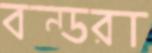
বন্ডরা